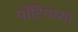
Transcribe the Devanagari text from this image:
पाँटिंगच्या